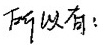
所以有：